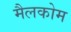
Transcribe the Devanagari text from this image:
मैलकोम